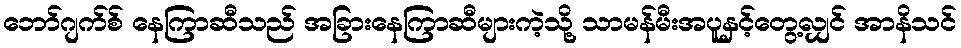
ဘော်ဂျက်စ် နေကြာဆီသည် အခြားနေကြာဆီများကဲ့သို့ သာမန်မီးအပူနှင့်တွေ့လျှင် အာနိသင်